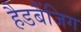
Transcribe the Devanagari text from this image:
हैडबैंजिग